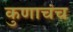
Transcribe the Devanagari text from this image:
कुणाचंच